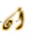
أن